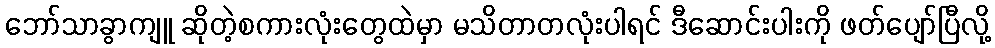
ဘော်သာခွာကျူ ဆိုတဲ့စကားလုံးတွေထဲမှာ မသိတာတလုံးပါရင် ဒီဆောင်းပါးကို ဖတ်ပျော်ပြီလို့